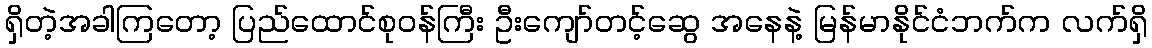
ရှိတဲ့အခါကြတော့ ပြည်ထောင်စုဝန်ကြီး ဦးကျော်တင့်ဆွေ အနေနဲ့ မြန်မာနိုင်ငံဘက်က လက်ရှိ